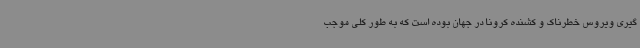
گیری ویروس خطرناک و کشنده کرونا در جهان بوده است که به طور کلی موجب